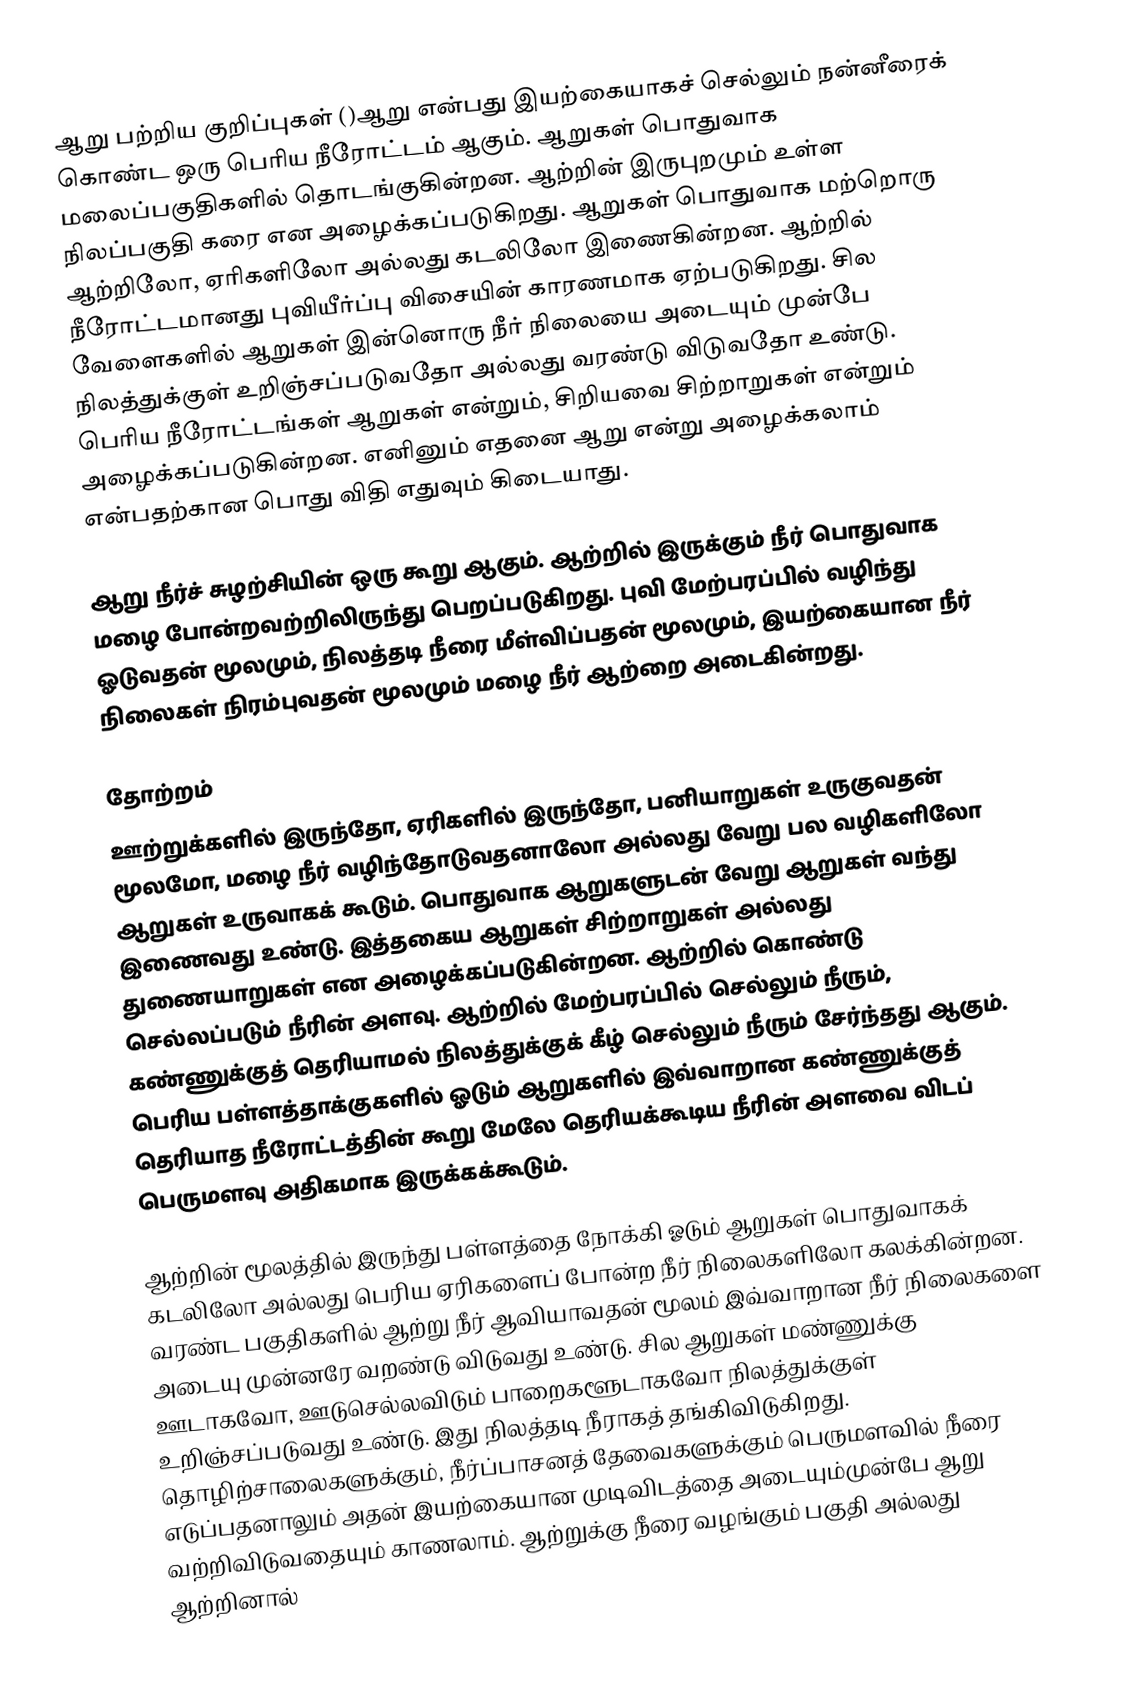
ஆறு பற்றிய குறிப்புகள்  ()ஆறு  என்பது இயற்கையாகச் செல்லும் நன்னீரைக் கொண்ட ஒரு பெரிய நீரோட்டம் ஆகும். ஆறுகள் பொதுவாக மலைப்பகுதிகளில் தொடங்குகின்றன. ஆற்றின் இருபுறமும் உள்ள நிலப்பகுதி கரை என அழைக்கப்படுகிறது. ஆறுகள் பொதுவாக மற்றொரு ஆற்றிலோ, ஏரிகளிலோ அல்லது கடலிலோ இணைகின்றன. ஆற்றில் நீரோட்டமானது புவியீர்ப்பு விசையின் காரணமாக ஏற்படுகிறது. சில வேளைகளில் ஆறுகள் இன்னொரு நீர் நிலையை அடையும் முன்பே நிலத்துக்குள் உறிஞ்சப்படுவதோ அல்லது வரண்டு விடுவதோ உண்டு. பெரிய நீரோட்டங்கள் ஆறுகள் என்றும், சிறியவை சிற்றாறுகள் என்றும் அழைக்கப்படுகின்றன. எனினும் எதனை ஆறு என்று அழைக்கலாம் என்பதற்கான பொது விதி எதுவும் கிடையாது.

ஆறு நீர்ச் சுழற்சியின் ஒரு கூறு ஆகும். ஆற்றில் இருக்கும் நீர் பொதுவாக மழை  போன்றவற்றிலிருந்து பெறப்படுகிறது. புவி மேற்பரப்பில் வழிந்து ஓடுவதன் மூலமும், நிலத்தடி நீரை மீள்விப்பதன் மூலமும், இயற்கையான நீர் நிலைகள் நிரம்புவதன் மூலமும் மழை நீர் ஆற்றை அடைகின்றது.

தோற்றம்
ஊற்றுக்களில் இருந்தோ, ஏரிகளில் இருந்தோ, பனியாறுகள் உருகுவதன் மூலமோ, மழை நீர் வழிந்தோடுவதனாலோ அல்லது வேறு பல வழிகளிலோ ஆறுகள் உருவாகக் கூடும். பொதுவாக ஆறுகளுடன் வேறு ஆறுகள் வந்து இணைவது உண்டு. இத்தகைய ஆறுகள்  சிற்றாறுகள் அல்லது துணையாறுகள் என அழைக்கப்படுகின்றன. ஆற்றில் கொண்டு செல்லப்படும் நீரின் அளவு. ஆற்றில் மேற்பரப்பில் செல்லும் நீரும், கண்ணுக்குத் தெரியாமல் நிலத்துக்குக் கீழ் செல்லும் நீரும் சேர்ந்தது ஆகும். பெரிய பள்ளத்தாக்குகளில் ஓடும் ஆறுகளில் இவ்வாறான கண்ணுக்குத் தெரியாத நீரோட்டத்தின் கூறு மேலே தெரியக்கூடிய நீரின் அளவை விடப் பெருமளவு அதிகமாக இருக்கக்கூடும்.

ஆற்றின் மூலத்தில் இருந்து பள்ளத்தை நோக்கி ஓடும் ஆறுகள் பொதுவாகக் கடலிலோ அல்லது பெரிய ஏரிகளைப் போன்ற நீர் நிலைகளிலோ கலக்கின்றன. வரண்ட பகுதிகளில் ஆற்று நீர் ஆவியாவதன் மூலம் இவ்வாறான நீர் நிலைகளை அடையு முன்னரே வறண்டு விடுவது உண்டு. சில ஆறுகள் மண்ணுக்கு ஊடாகவோ, ஊடுசெல்லவிடும் பாறைகளூடாகவோ நிலத்துக்குள் உறிஞ்சப்படுவது உண்டு. இது நிலத்தடி நீராகத் தங்கிவிடுகிறது. தொழிற்சாலைகளுக்கும், நீர்ப்பாசனத் தேவைகளுக்கும் பெருமளவில் நீரை எடுப்பதனாலும் அதன் இயற்கையான முடிவிடத்தை அடையும்முன்பே ஆறு வற்றிவிடுவதையும் காணலாம். ஆற்றுக்கு நீரை வழங்கும் பகுதி அல்லது ஆற்றினால்